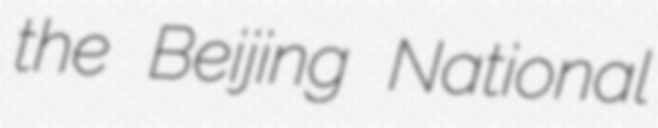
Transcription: the Beijing National